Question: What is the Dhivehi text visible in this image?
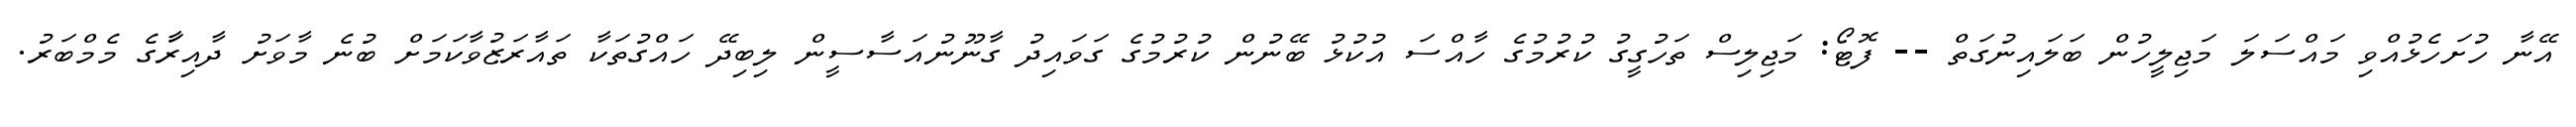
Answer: އޭނާ ހުށަހެޅުއްވި މައްސަލަ މަޖިލީހުން ބަލައިނުގަތް -- ފޮޓޯ: މަޖިލިސް ތަހުގީގު ކުރުމުގެ ހާއްސަ އުކުޅު ބޭނުން ކުރުމުގެ ގަވައިދު ގާނޫނުއަސާސީން ލިބިދޭ ހައްގުތަކާ ތައާރަޒުވާކަމަށް ބުނެ މާވަށު ދާއިރާަގެ މެމްބަރު.